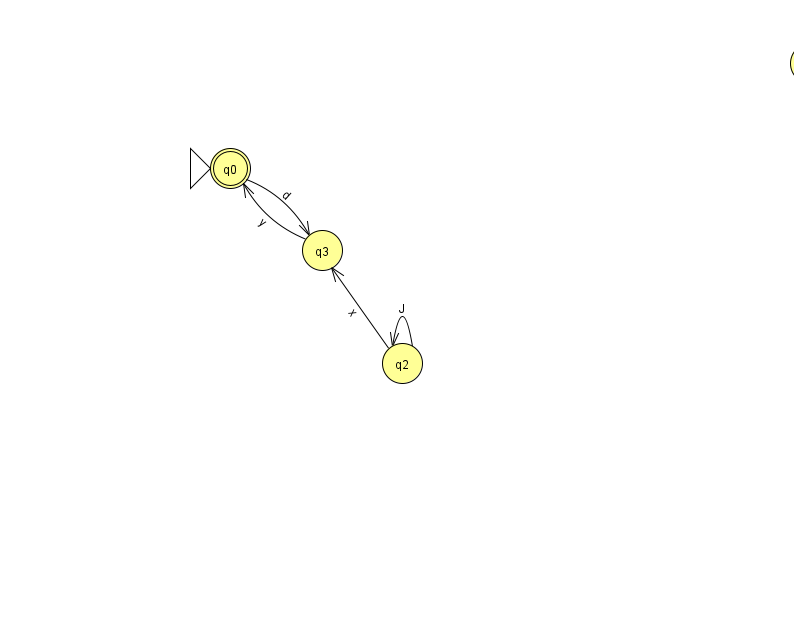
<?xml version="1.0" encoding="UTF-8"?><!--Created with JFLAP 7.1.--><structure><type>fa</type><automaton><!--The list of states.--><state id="0" name="q0"><x>230.0</x><y>155.0</y><initial/><final/></state><state id="1" name="q1"><x>810.0</x><y>50.0</y></state><state id="2" name="q2"><x>402.0</x><y>350.0</y></state><state id="3" name="q3"><x>322.0</x><y>237.0</y></state><!--The list of transitions.--><transition><from>1</from><to>1</to><read>c</read></transition><transition><from>2</from><to>3</to><read>x</read></transition><transition><from>3</from><to>0</to><read>y</read></transition><transition><from>2</from><to>2</to><read>J</read></transition><transition><from>0</from><to>3</to><read>d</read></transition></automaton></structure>